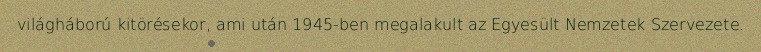
világháború kitörésekor, ami után 1945-ben megalakult az Egyesült Nemzetek Szervezete.